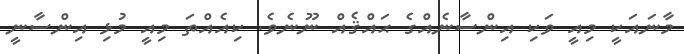
މާނައަކީ މިއީ ވަކި އިންސާނެއްގެ ޙައްޤެއް ނޫނެވެ. ކިއެއްތަ މިއީ މުޅި އިންސާނީ